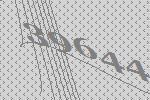
39644